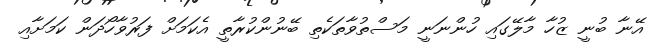
އޭނާ ބުނީ ޒުހާ މާލޭގައި ހުންނަނީ މަސްތުވާތަކެތި ބޭނުންކުރާތީ އެކަމަށް ފަރުވާހޯދަން ކަމަށާއި